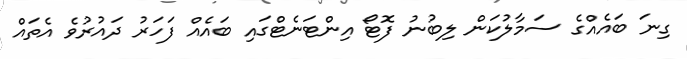
ގިނަ ބައެއްގެ ސަމާލުކަން ލިބުނު ފޮޓޯ އިންޓަނެޓްގައި ބައެއް ފަހަރު ދައުރުވެ އެތައް